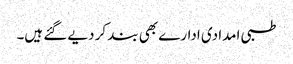
طبی امدادی ادارے بھی بند کر دیے گئے ہیں۔